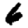
Digit: 6